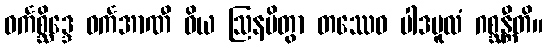
ဝင်္ကစ္ဆိဒ္ဒေ ဝင်္ကအာဏီ ဝိယ ဩနမိတွာ တဿေဝ ပါဒမူလံ ဂစ္ဆန္တီတိ။